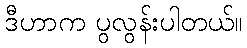
ဒီဟာက ပွလွန်းပါတယ်။